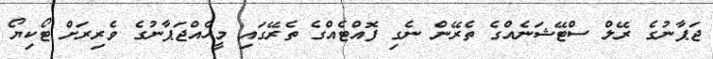
ޖަޕާނުގެ ރޭލް ސްޓޭޝަނެއްގެ ތެރޭން ނެގި ފޮއްޓެއްގެ ތެރޭގައި މީހެއްޖަޕާނުގެ ވެރިރަށް ޓޯކިޔޯ